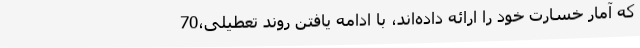
که آمار خسارت خود را ارائه داده‌اند، با ادامه یافتن روند تعطیلی،70